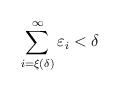
LaTeX: \begin{align*}\sum_{i=\xi(\delta)}^\infty\varepsilon_i<\delta\end{align*}